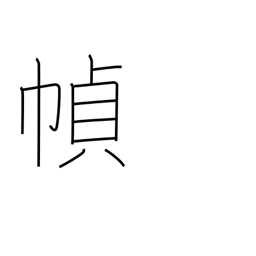
Meaning: making books or scrolls